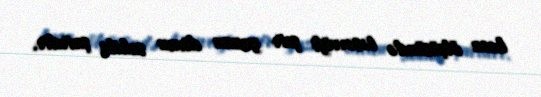
heca ölçüsündə təsəvvüfi şeir yazan divan sahibi şairdir.